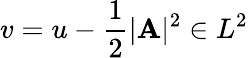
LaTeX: v=u-\frac 12\vert\mathbf{A}\vert^{2}\in L^{2}